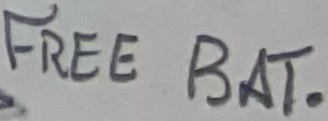
Text: FREE BAT.